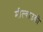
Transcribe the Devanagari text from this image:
मील्वाउकी